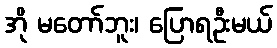
အို မတော်ဘူး၊ ပြောရဦးမယ်